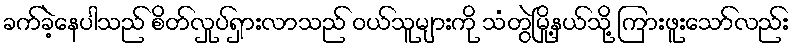
ခက်ခဲ့နေပါသည် စိတ်လှုပ်ရှားလာသည် ဝယ်သူများကို သံတွဲမြို့နယ်သို့ ကြားဖူးသော်လည်း